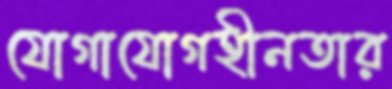
যোগাযোগহীনতার